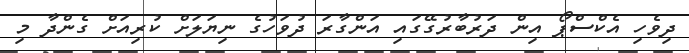
ދިވެހި އެކްސްޕޯ އިން ދަރުބާރުގޭގައި އަންގާރަ ދުވަހުގެ ނިޔަލަށް ކުރިއަށް ގެންދާ މި